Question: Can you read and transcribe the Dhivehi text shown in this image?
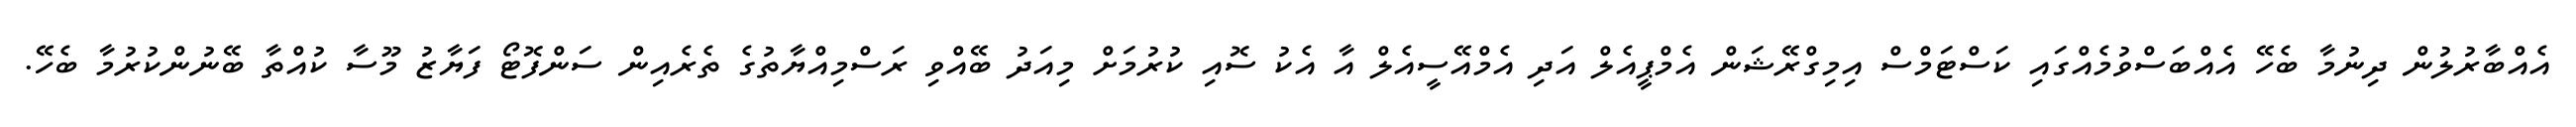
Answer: އެއްބާރުލުން ދިނުމާ ބެހޭ އެއްބަސްވުމެއްގައި ކަސްޓަމްސް އިމިގްރޭޝަން އެމްޕީއެލް އަދި އެމްއޭސީއެލް އާ އެކު ސޮއި ކުރުމަށް މިއަދު ބޭއްވި ރަސްމިއްޔާތުގެ ތެރެއިން ސަންފޮޓޯ ފަޔާޒު މޫސާ ކުއްތާ ބޭނުންކުރުމާ ބެހޭ.